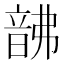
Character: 𩐚